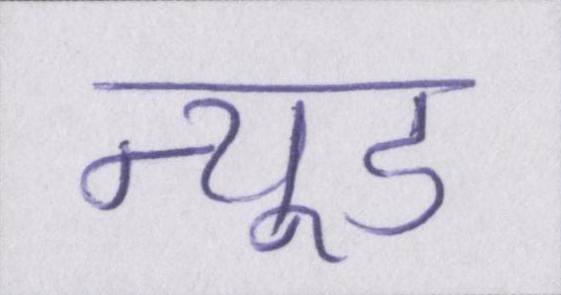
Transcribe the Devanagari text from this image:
न्यूड